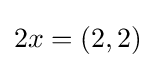
{\textstyle 2x=(2,2)}